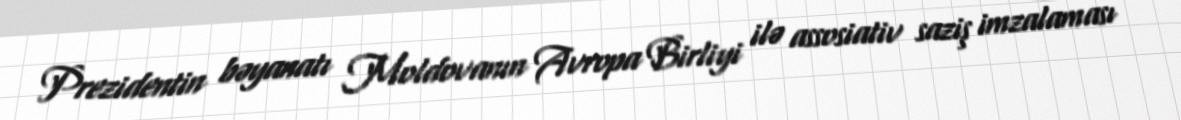
Prezidentin bəyanatı Moldovanın Avropa Birliyi ilə assosiativ saziş imzalaması